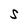
Character: S